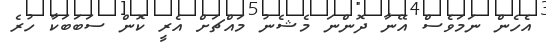
އެހެން ނަމަވެސް އޭނާ ދޮންނަ މެޝެނު މައްޗަށް އެރީ ކޮން ސަބަބަކާ ހުރެ